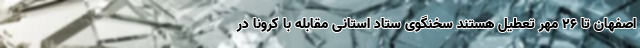
اصفهان تا ۲۶ مهر تعطیل هستند سخنگوی ستاد استانی مقابله با کرونا در